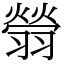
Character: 䎕